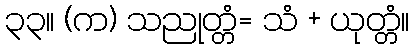
၃၃။ (က) သညုတ္တံ= သံ + ယုတ္တံ။